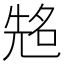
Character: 𠸜